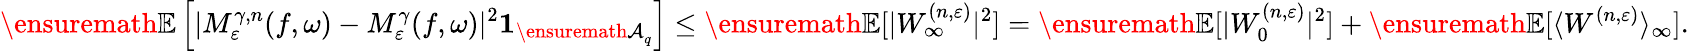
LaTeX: {\ensuremath{\mathbb E}}\left[|M_{\varepsilon}^{\gamma,n}(f,\omega)-M_{\varepsilon}^{\gamma}(f,\omega)|^{2}\mathbf{1}_{{\ensuremath{\mathcal A}}_{q}}\right]\le{\ensuremath{\mathbb E}}[|W_{\infty}^{(n,\varepsilon)}|^{2}]={\ensuremath{\mathbb E}}[|W_{0}^{(n,\varepsilon)}|^{2}]+{\ensuremath{\mathbb E}}[\langle W^{(n,\varepsilon)}\rangle_{\infty}].